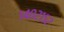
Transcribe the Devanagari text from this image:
१४०२१५२